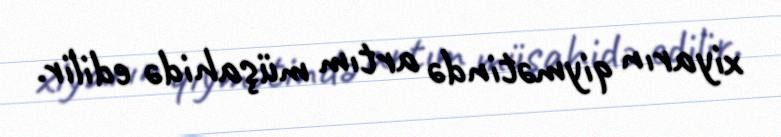
xiyarın qiymətində artım müşahidə edilir.